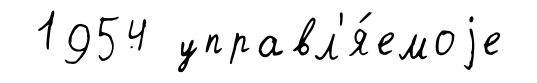
1954 управл'я́емоjе